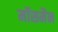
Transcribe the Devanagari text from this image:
मॉसमैन